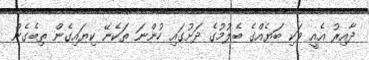
ދާއިރު އެއީ ވަކި ބަޔެއްގެ ބެލުމުގެ ދަށުގައި ހުންނަ ތަކެނޭ ކިޔައިގެން ތިބެގެން